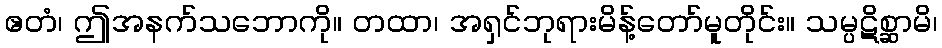
ဧတံ၊ ဤအနက်သဘောကို။ တထာ၊ အရှင်ဘုရားမိန့်တော်မူတိုင်း။ သမ္ပဋိစ္ဆာမိ၊